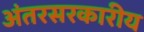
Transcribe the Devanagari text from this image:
अंतरसरकारीय